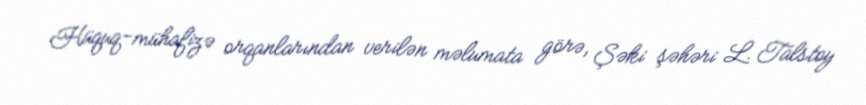
Hüquq-mühafizə orqanlarından verilən məlumata görə, Şəki şəhəri L. Talstoy